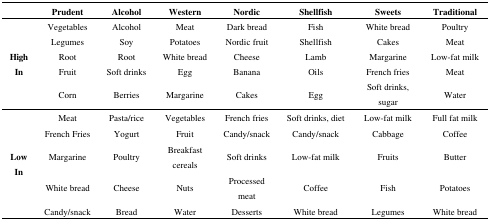
<table><thead><tr><td></td><td><b>Prudent</b></td><td><b>Alcohol</b></td><td><b>Western</b></td><td><b>Nordic</b></td><td><b>Shellfish</b></td><td><b>Sweets</b></td><td><b>Traditional</b></td></tr></thead><tbody><tr><td rowspan="5"><b>High In</b></td><td>Vegetables</td><td>Alcohol</td><td>Meat</td><td>Dark bread</td><td>Fish</td><td>White bread</td><td>Poultry</td></tr><tr><td>Legumes</td><td>Soy</td><td>Potatoes</td><td>Nordic fruit</td><td>Shellfish</td><td>Cakes</td><td>Meat</td></tr><tr><td>Root</td><td>Root</td><td>White bread</td><td>Cheese</td><td>Lamb</td><td>Margarine</td><td>Low-fat milk</td></tr><tr><td>Fruit</td><td>Soft drinks</td><td>Egg</td><td>Banana</td><td>Oils</td><td>French fries</td><td>Meat</td></tr><tr><td>Corn</td><td>Berries</td><td>Margarine</td><td>Cakes</td><td>Egg</td><td>Soft drinks, sugar</td><td>Water</td></tr><tr><td rowspan="5"><b>Low In</b></td><td>Meat</td><td>Pasta/rice</td><td>Vegetables</td><td>French fries</td><td>Soft drinks, diet</td><td>Low-fat milk</td><td>Full fat milk</td></tr><tr><td>French Fries</td><td>Yogurt</td><td>Fruit</td><td>Candy/snack</td><td>Candy/snack</td><td>Cabbage</td><td>Coffee</td></tr><tr><td>Margarine</td><td>Poultry</td><td>Breakfast cereals</td><td>Soft drinks</td><td>Low-fat milk</td><td>Fruits</td><td>Butter</td></tr><tr><td>White bread</td><td>Cheese</td><td>Nuts</td><td>Processed meat</td><td>Coffee</td><td>Fish</td><td>Potatoes</td></tr><tr><td>Candy/snack</td><td>Bread</td><td>Water</td><td>Desserts</td><td>White bread</td><td>Legumes</td><td>White bread</td></tr></tbody></table>